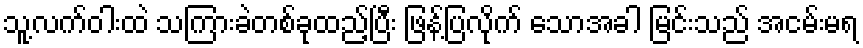
သူ့လက်ဝါးထဲ သကြားခဲတစ်ခုထည့်ပြီး ဖြန့်ပြလိုက် သောအခါ မြင်းသည် အငမ်းမရ